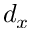
d _ { x }